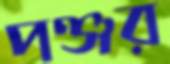
পঞ্জর